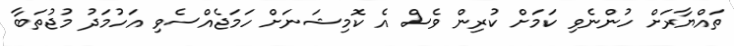
ތައްޔާރަށް ހުންނެވި ކަމަށް ކުރިން ވެސް އެ ކޮމިޝަނަށް ހަމަޖެއްސެވި އަހުމަދު މުޖުތަބާ